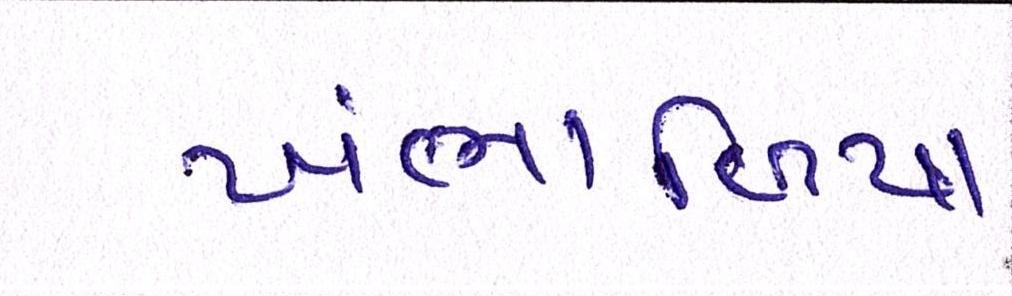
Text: ખંભાળિયા